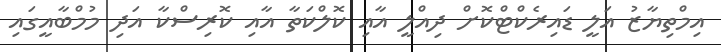
އިމްތިޔާޒު އަލީ ޑައިރެކްޓްކޮށް ދިއްލީ އާއި ކޮލްކަތާ އާއި ކޮރިސްކާ އަދި މުމްބާއީގައި